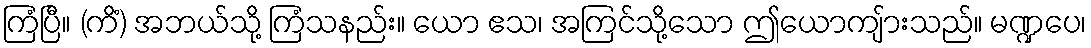
ကြံပြီ။ (ကိံ) အဘယ်သို့ ကြံသနည်း။ ယော ဧသ၊ အကြင်သို့သော ဤယောကျ်ားသည်။ မဏ္ဍပေ၊